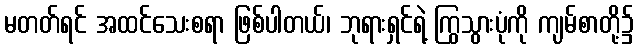
မတတ်ရင် အထင်သေးစရာ ဖြစ်ပါတယ်၊ ဘုရားရှင်ရဲ့ ကြွသွားပုံကို ကျမ်စာတို့၌